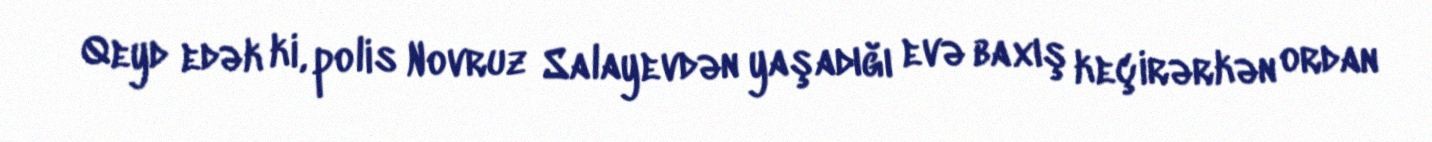
Qeyd edək ki, polis Novruz Salayevdən yaşadığı evə baxış keçirərkən ordan